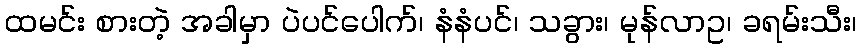
ထမင်း စားတဲ့ အခါမှာ ပဲပင်ပေါက်၊ နံနံပင်၊ သခွား၊ မုန်လာဥ၊ ခရမ်းသီး၊